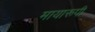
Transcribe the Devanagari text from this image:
मायारूपी